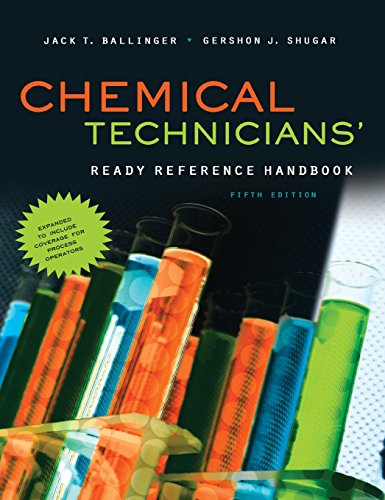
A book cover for Chemical Technicians' Ready Reference Handbook, 5th Edition; Jack Ballinger; Science & Math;